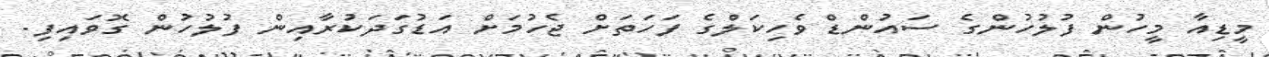
މީޑިއާ މީހުން ފުލުހުންގެ ސައުންޑް ވެހިކަލްގެ ފަހަތަށް ޖެހުމަށް އަޑުގަދަކުރާއިން ފުލުހުން ގޮވައިފި.